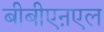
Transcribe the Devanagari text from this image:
बीबीएऩएल